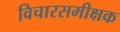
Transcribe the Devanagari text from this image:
विचारसमीक्षक